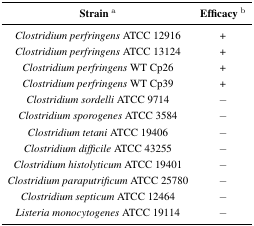
| Strain a | Efficacy b |
 | --- | --- |
 | Clostridium perfringens ATCC 12916 | + |
 | Clostridium perfringens ATCC 13124 | + |
 | Clostridium perfringens WT Cp26 | + |
 | Clostridium perfringens WT Cp39 | + |
 | Clostridium sordelli ATCC 9714 | − |
 | Clostridium sporogenes ATCC 3584 | − |
 | Clostridium tetani ATCC 19406 | − |
 | Clostridium difficile ATCC 43255 | − |
 | Clostridium histolyticum ATCC 19401 | − |
 | Clostridium paraputrificum ATCC 25780 | − |
 | Clostridium septicum ATCC 12464 | − |
 | Listeria monocytogenes ATCC 19114 | − |